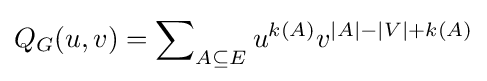
Q_{G}(u,v)=\sum \nolimits _{A\subseteq E}u^{k(A)}v^{|A|-|V|+k(A)}